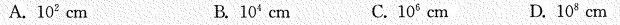
A.10^{2}cm B.10^{4}cm C.10^{6}cm D.10^{8}cm